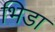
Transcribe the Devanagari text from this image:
भिडा